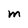
Character: M